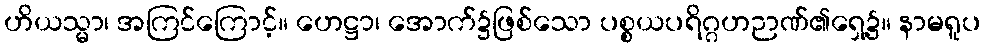
ဟိယသ္မာ၊ အကြင်ကြောင့်။ ဟေဋ္ဌာ၊ အောက်၌ဖြစ်သော ပစ္စယပရိဂ္ဂဟဉာဏ်၏ရှေ့၌။ နာမရူပ